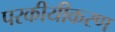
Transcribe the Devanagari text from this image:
परकीयीकरण